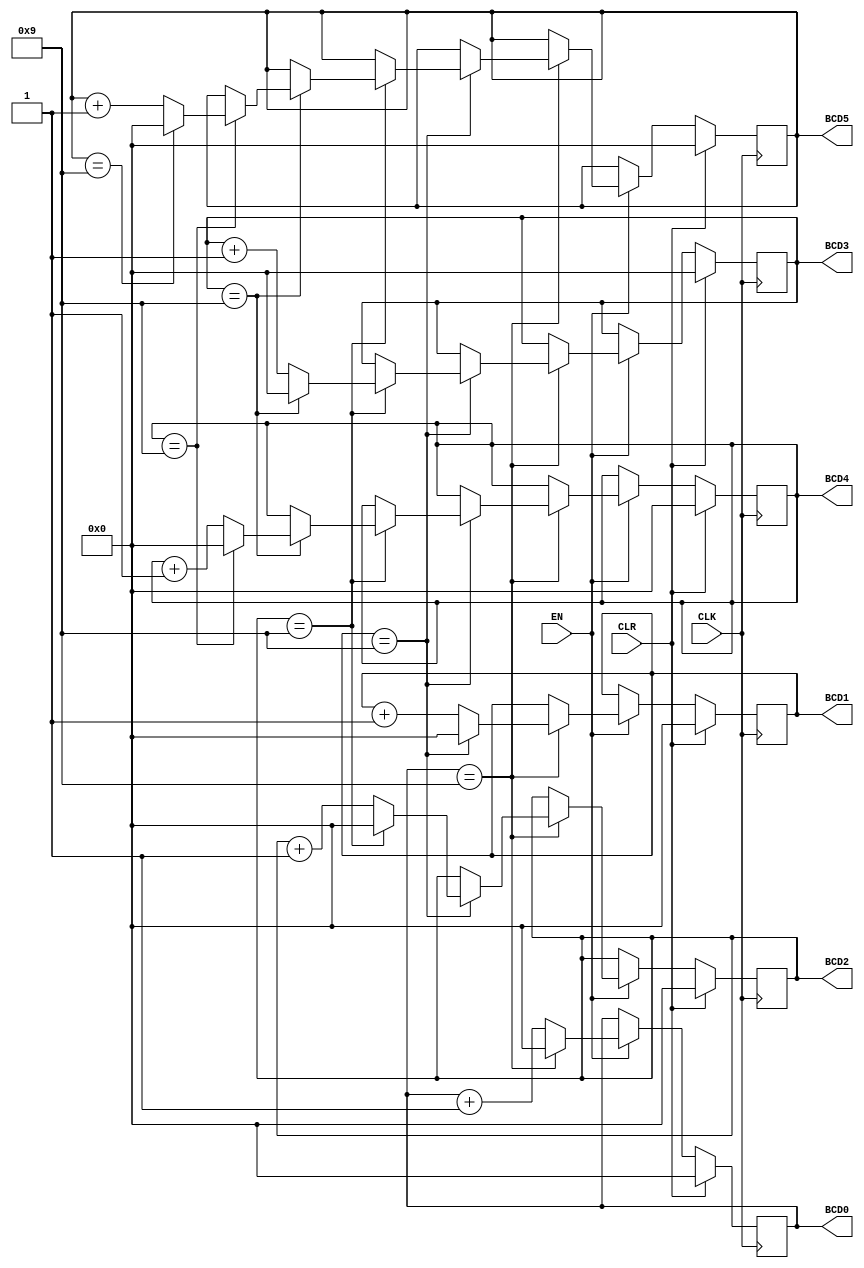
//Rudy Hill, Eric Dahl
//ECEN 2350
//Spring 2018
//
module BCD_counter (EN,CLR,CLK,BCD0,BCD1,BCD2,BCD3, BCD4, BCD5);
	input EN,CLR,CLK;
	output reg [3:0] BCD0,BCD1,BCD2,BCD3,BCD4,BCD5;
	
	always @(posedge CLK)
	begin
		if (CLR)
		begin
			BCD0 <= 4'b0000;
			BCD1 <= 4'b0000;
			BCD2 <= 4'b0000;
			BCD3 <= 4'b0000;
			BCD4 <= 4'b0000;
			BCD5 <= 4'b0000;
		end
		else 
		begin
			if (EN)
		   begin
				if (BCD0 == 4'b1001)
				begin
					BCD0 <= 0;
					if (BCD1 == 4'b1001)
					begin
						BCD1 <= 0;
						if (BCD2 == 4'b1001)
						begin
							BCD2 <= 0;
							if (BCD3 == 4'b1001)
							begin
								BCD3 <= 0;
								if (BCD4 == 4'b1001)
								begin
									BCD4 <= 0;
									if (BCD5 == 4'b1001)
										BCD5 <= 0;
									else
										BCD5 <= BCD5 + 1;
								end
								else
									BCD4 <= BCD4 + 1;
							end
							else
								BCD3 <= BCD3 + 1;
						end
						else
							BCD2 <= BCD2 + 1;
					end
					else
						BCD1 <= BCD1 + 1;
				end
				else
					BCD0 <= BCD0 + 1;
			end
		end
	end
endmodule

//